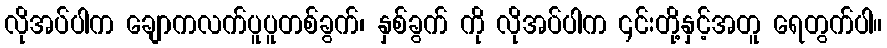
လိုအပ်ပါက ချောကလက်ပူပူတစ်ခွက်၊ နှစ်ခွက် ကို လိုအပ်ပါက ၎င်းတို့နှင့်အတူ ရေတွက်ပါ။